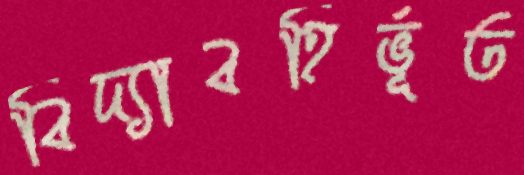
বিদ্যাবহির্ভূত